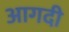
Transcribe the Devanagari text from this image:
आगदी